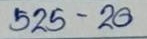
525 - 20